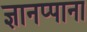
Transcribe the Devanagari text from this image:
ज्ञानप्पाना